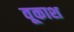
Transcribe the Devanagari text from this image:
वूकाश